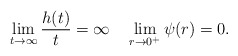
\begin{align*}\lim_{t\to\infty}\frac{h(t)}{t}=\infty \quad\lim_{r\to 0^{+}} \psi (r)=0. \end{align*}